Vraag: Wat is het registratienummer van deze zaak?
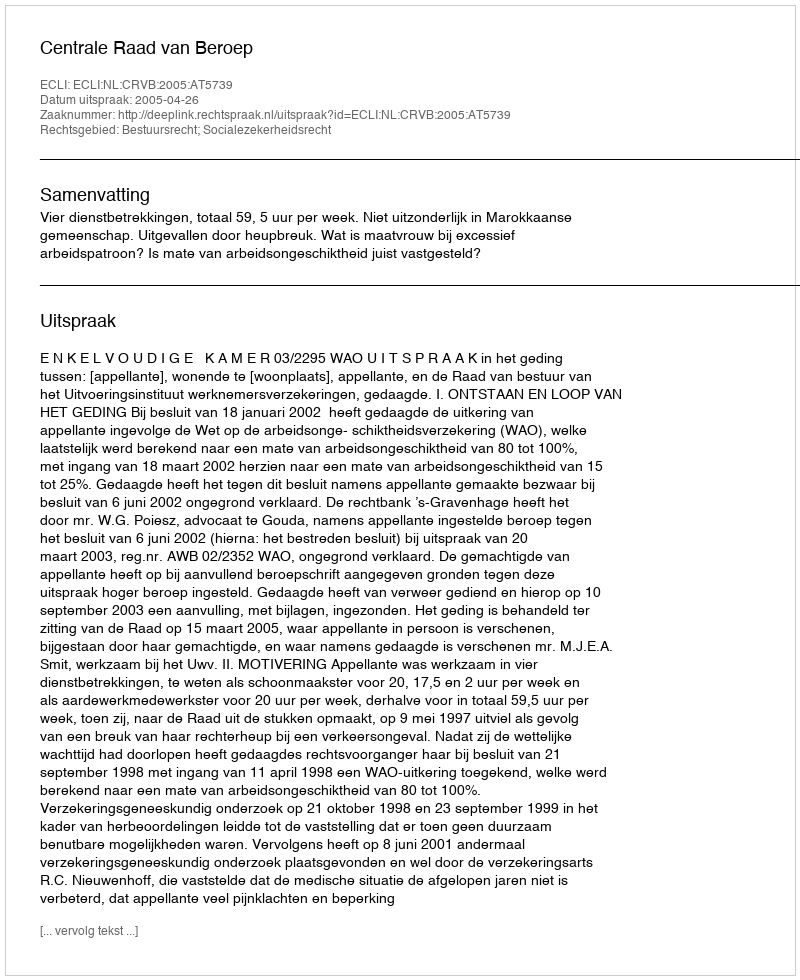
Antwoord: http://deeplink.rechtspraak.nl/uitspraak?id=ECLI:NL:CRVB:2005:AT5739